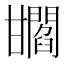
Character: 𤯐